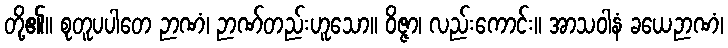
တို့၏။ စုတူပပါတေ ဉာဏံ၊ ဉာဏ်တည်းဟူသော။ ဝိဇ္ဇာ၊ လည်းကောင်း။ အာသဝါနံ ခယေဉာဏံ၊